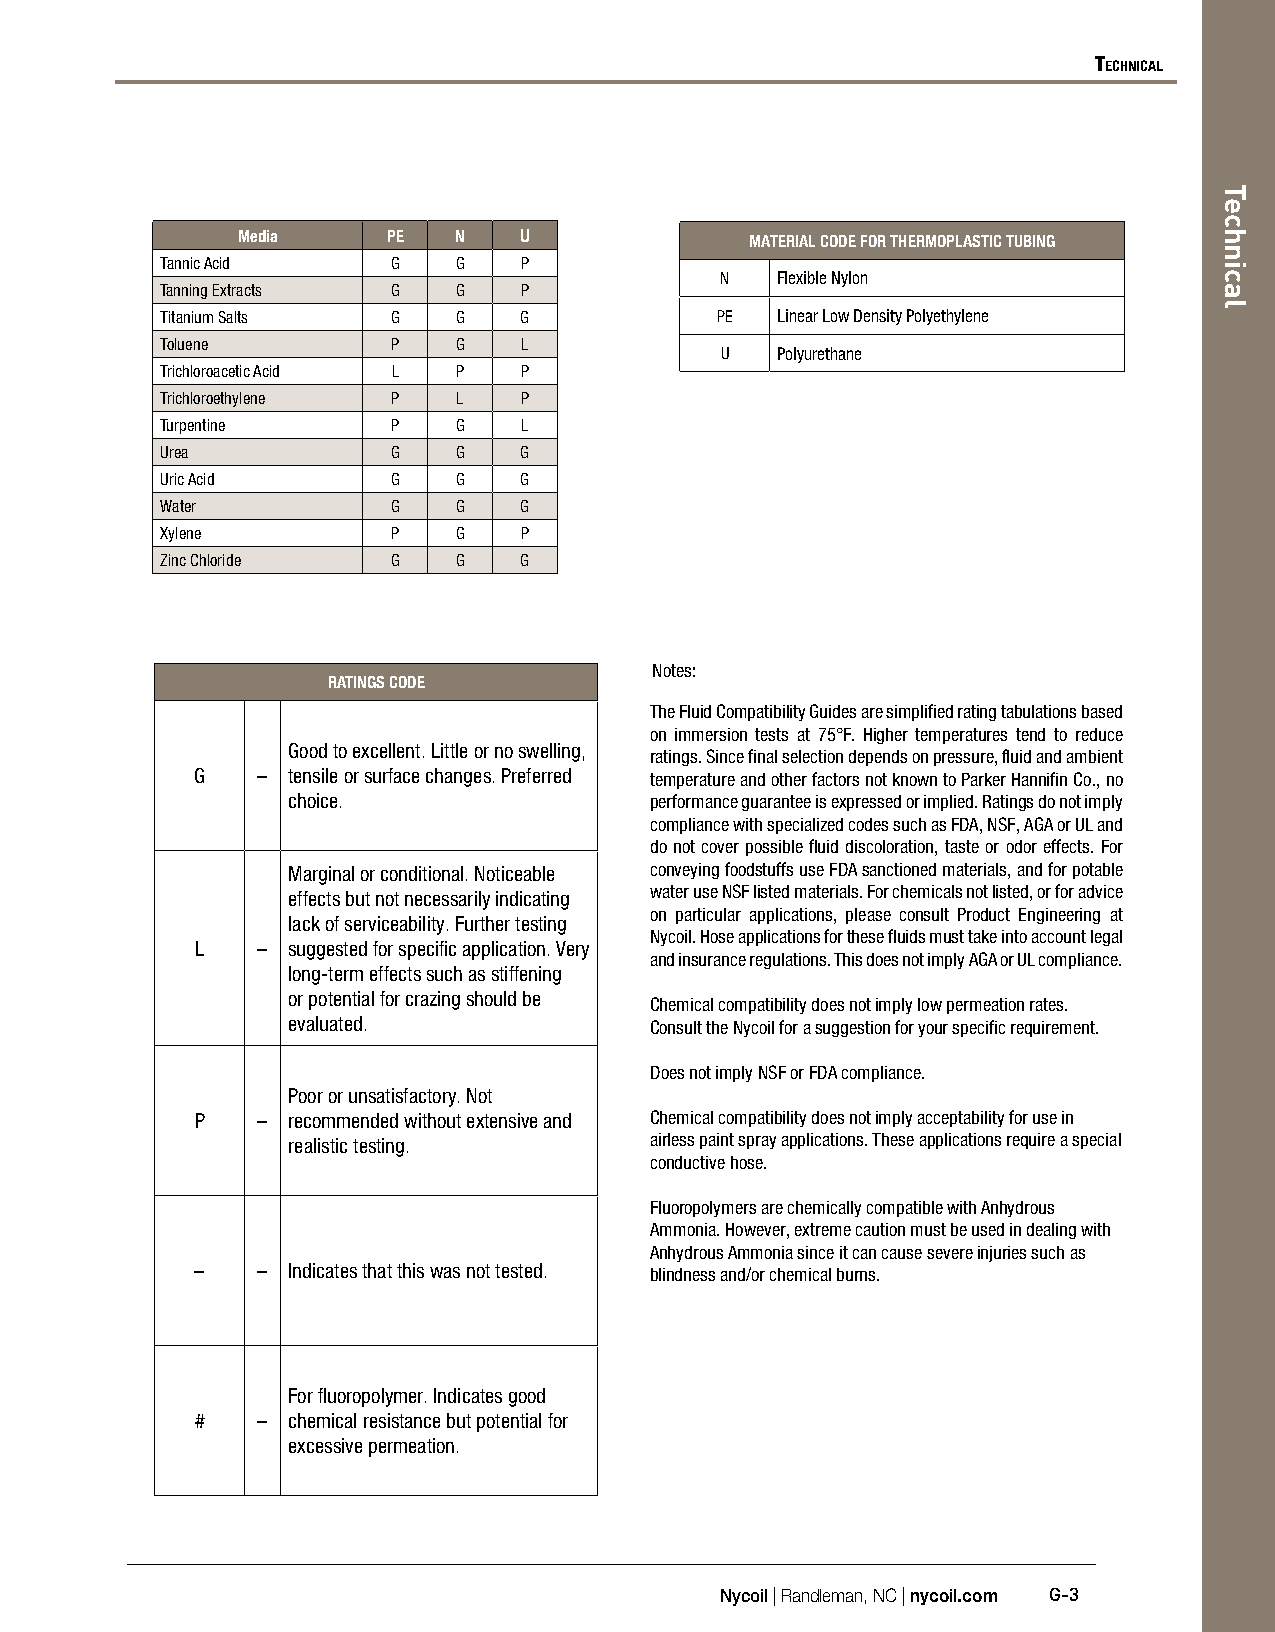
Technical
 Media     PE  N   U               MATERIAL CODE FOR THERMOPLASTIC TUBING
 Tannic Acid    G   G   P
 N  Flexible Nylon
 Tanning Extracts G G   P
 Titanium Salts G   G   G            PE  Linear Low Density Polyethylene
 Toluene        P   G    L
 U  Polyurethane
 Trichloroacetic Acid L P P
 Trichloroethylene P L  P
 Turpentine     P   G    L
 Urea           G   G   G
 Uric Acid      G   G   G
 Water          G   G   G
 Xylene         P   G   P
 Zinc Chloride  G   G   G
 Notes:
 RATINGS CODE
 The Fluid Compatibility Guides are simplified rating tabulations based
 on immersion tests at 75°F. Higher temperatures tend to reduce
 Good to excellent. Little or no swelling,
 ratings. Since final selection depends on pressure, fluid and ambient
 G   – tensile or surface changes. Preferred temperature and other factors not known to Parker Hannifin Co., no
 choice.                 performance guarantee is expressed or implied. Ratings do not imply
 compliance with specialized codes such as FDA, NSF, AGA or UL and
 do not cover possible fluid discoloration, taste or odor effects. For
 Marginal or conditional. Noticeable conveying foodstuffs use FDA sanctioned materials, and for potable
 effects but not necessarily indicating water use NSF listed materials. For chemicals not listed, or for advice
 on particular applications, please consult Product Engineering at
 lack of serviceability. Further testing
 Nycoil. Hose applications for these fluids must take into account legal
 L   – suggested for specific application. Very
 and insurance regulations. This does not imply AGA or UL compliance.
 long-term effects such as stiffening
 or potential for crazing should be
 Chemical compatibility does not imply low permeation rates.
 evaluated.              Consult the Nycoil for a suggestion for your specific requirement.
 Does not imply NSF or FDA compliance.
 Poor or unsatisfactory. Not
 P   – recommended without extensive and Chemical compatibility does not imply acceptability for use in
 realistic testing.      airless paint spray applications. These applications require a special
 conductive hose.
 Fluoropolymers are chemically compatible with Anhydrous
 Ammonia. However, extreme caution must be used in dealing with
 Anhydrous Ammonia since it can cause severe injuries such as
 –   – Indicates that this was not tested. blindness and/or chemical burns.
 For fluoropolymer. Indicates good
 #   – chemical resistance but potential for
 excessive permeation.
 Nycoil | Randleman, NC | nycoil.com G-3
 Technical